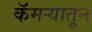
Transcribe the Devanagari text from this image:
कॅमऱ्यातून